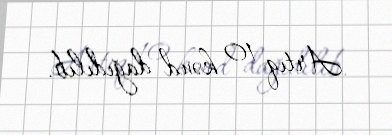
Artıq 10 kənd dağıdılıb.